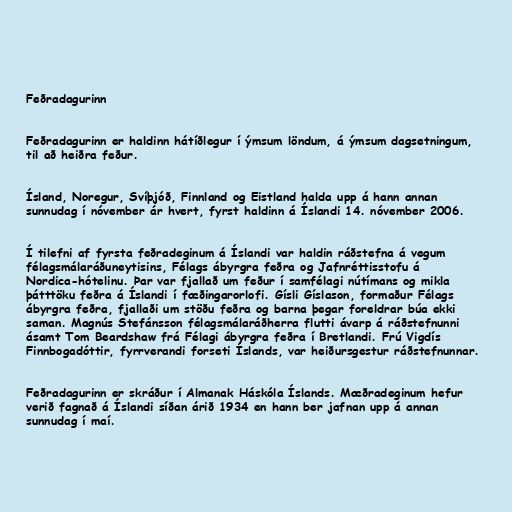
Feðradagurinn

Feðradagurinn er haldinn hátíðlegur í ýmsum löndum, á ýmsum dagsetningum,
til að heiðra feður.

Ísland, Noregur, Svíþjóð, Finnland og Eistland halda upp á hann annan
sunnudag í nóvember ár hvert, fyrst haldinn á Íslandi 14. nóvember 2006.

Í tilefni af fyrsta feðradeginum á Íslandi var haldin ráðstefna á vegum
félagsmálaráðuneytisins, Félags ábyrgra feðra og Jafnréttisstofu á
Nordica-hótelinu. Þar var fjallað um feður í samfélagi nútímans og mikla
þátttöku feðra á Íslandi í fæðingarorlofi. Gísli Gíslason, formaður Félags
ábyrgra feðra, fjallaði um stöðu feðra og barna þegar foreldrar búa ekki
saman. Magnús Stefánsson félagsmálaráðherra flutti ávarp á ráðstefnunni
ásamt Tom Beardshaw frá Félagi ábyrgra feðra í Bretlandi. Frú Vigdís
Finnbogadóttir, fyrrverandi forseti Íslands, var heiðursgestur ráðstefnunnar.

Feðradagurinn er skráður í Almanak Háskóla Íslands. Mæðradeginum hefur
verið fagnað á Íslandi síðan árið 1934 en hann ber jafnan upp á annan
sunnudag í maí.